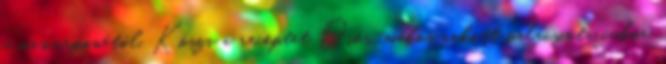
a mascarponétól. Köszi a receptet Diós-mákos rakott palacsinta cukor